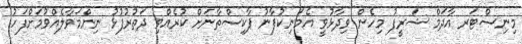
މިނިސްޓަރ އާދަމް ޝަރީފު މިހެން ވިދާޅުވީ އެމަނިކުފާނު ޕާކިސްތާނަށް ކުރެއްވި ދަތުރުފުޅު ނިންމަވާލެއްވުމަށްފަހު